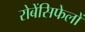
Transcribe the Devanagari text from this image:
रोबेंसिफेलों